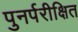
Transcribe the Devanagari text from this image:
पुनर्परीक्षित